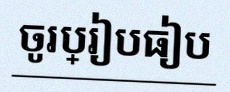
ចូរប្រៀបធៀប